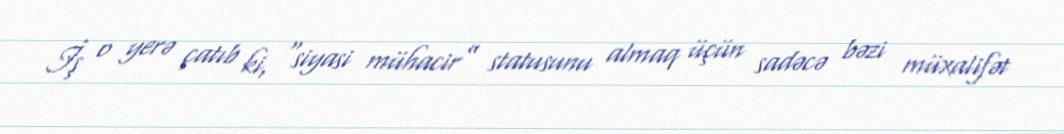
İş o yerə çatıb ki, “siyasi mühacir” statusunu almaq üçün sadəcə bəzi müxalifət